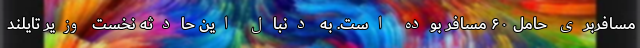
مسافربری حامل ۶۰ مسافر بوده است. به دنبال این حادثه نخست وزیر تایلند